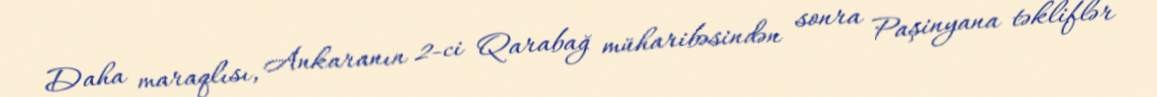
Daha maraqlısı, Ankaranın 2-ci Qarabağ müharibəsindən sonra Paşinyana təkliflər